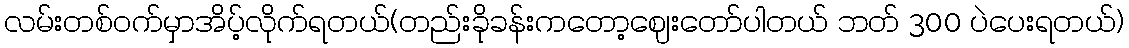
လမ်းတစ်ဝက်မှာအိပ့်လိုက်ရတယ်(တည်းခိုခန်းကတော့ဈေးတော်ပါတယ် ဘတ် 300 ပဲပေးရတယ်)